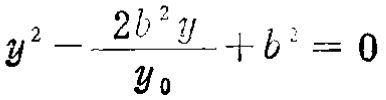
\[y^{2}-\frac{2b^{2}y}{y_{0}} + b^{2}=0\]